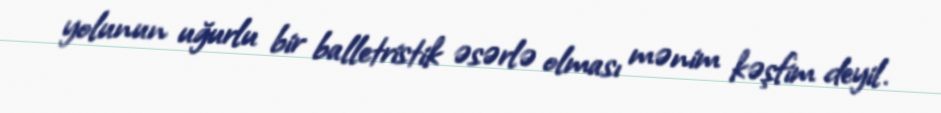
yolunun uğurlu bir balletristik əsərlə olması mənim kəşfim deyil.